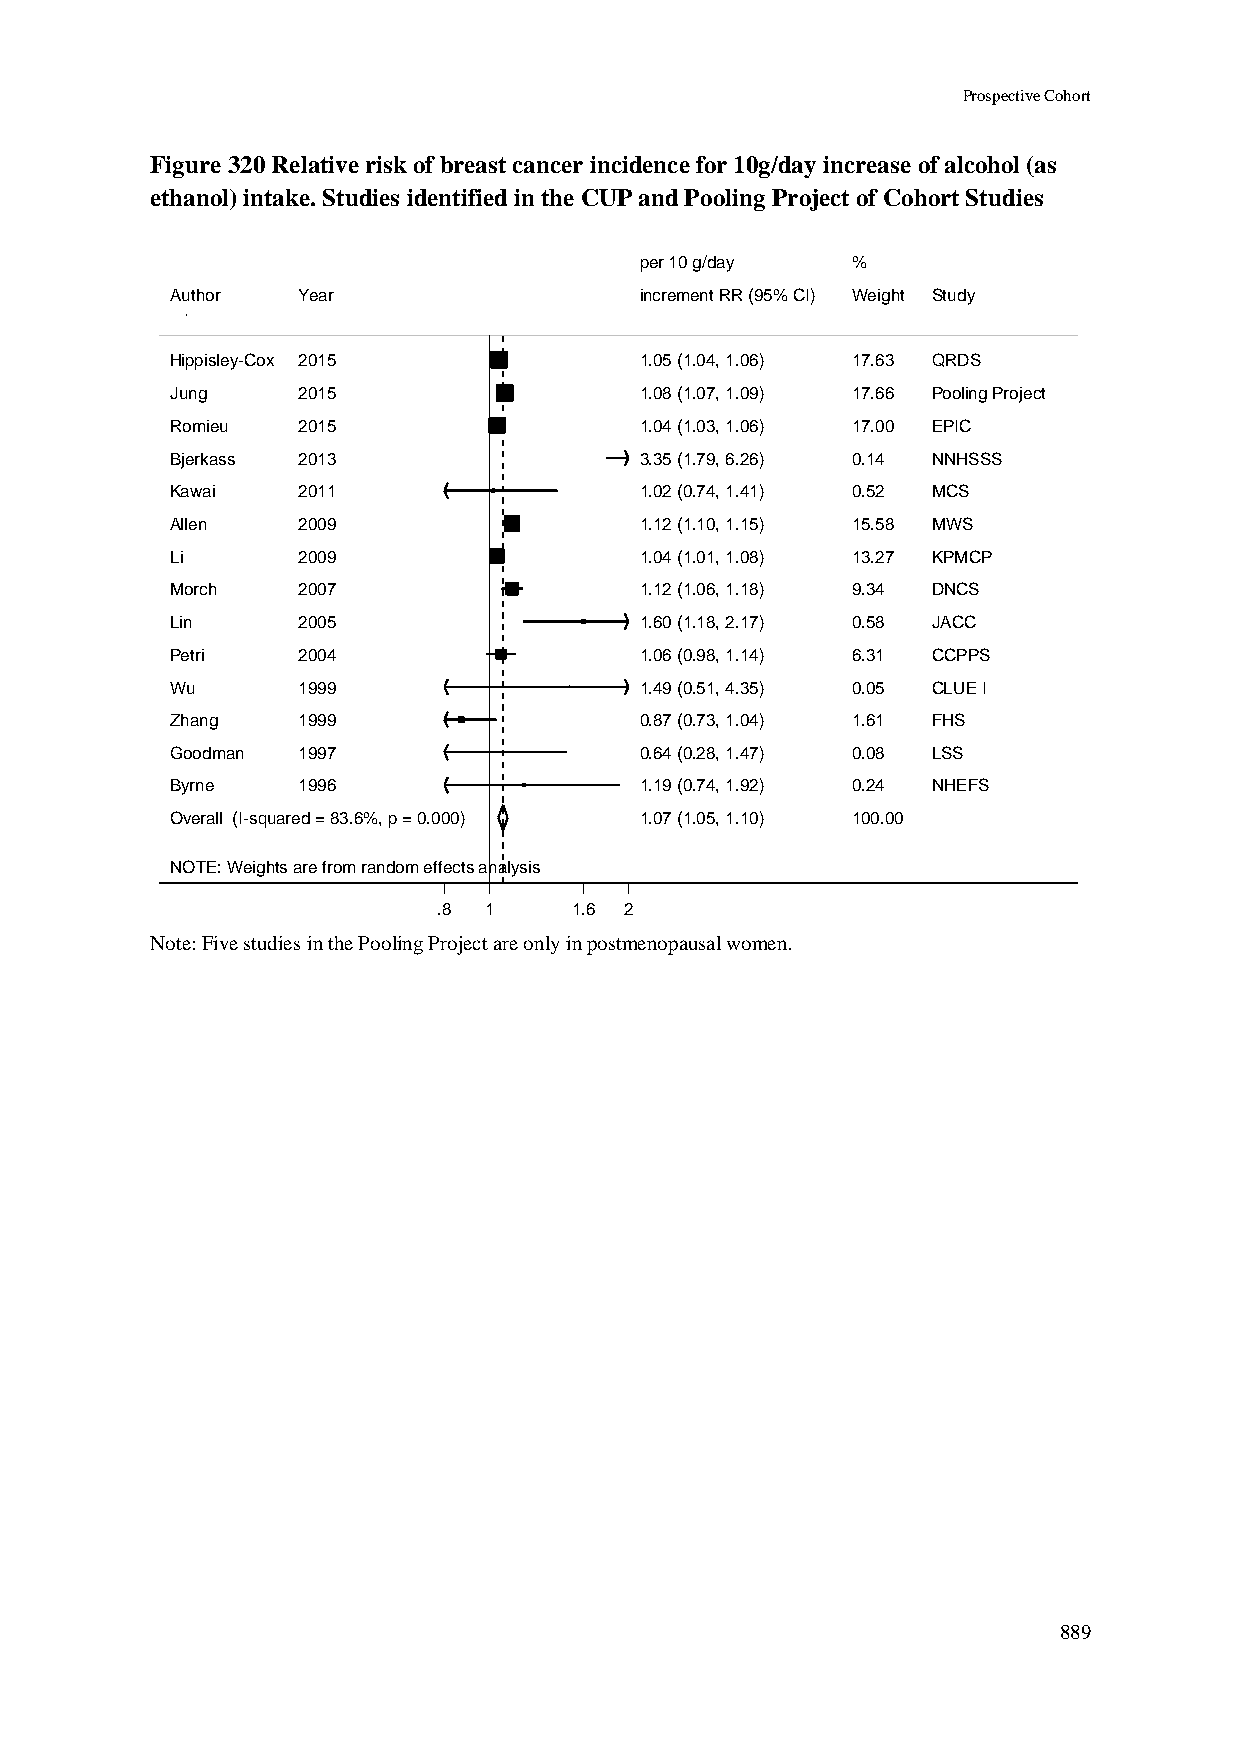
Prospective Cohort
 Figure 320 Relative risk of breast cancer incidence for 10g/day increase of alcohol (as
 ethanol) intake. Studies identified in the CUP and Pooling Project of Cohort Studies
 ppeerr 1100 gg//ddaayy %%
 Author   Year                  iinnccrreemmeenntt RRRR ((9955%% CCII)) WWeeiigghhtt Study
 Hippisley-Cox 2015             11..0055 ((11..0044,, 11..0066)) 1177..6633 QRDS
 Jung     2015                  11..0088 ((11..0077,, 11..0099)) 1177..6666 Pooling Project
 Romieu   2015                  11..0044 ((11..0033,, 11..0066)) 1177..0000 EPIC
 Bjerkass 2013                  33..3355 ((11..7799,, 66..2266)) 00..1144 NNHSSS
 Kawai    2011                  11..0022 ((00..7744,, 11..4411)) 00..5522 MCS
 Allen    2009                  11..1122 ((11..1100,, 11..1155)) 1155..5588 MWS
 Li       2009                  11..0044 ((11..0011,, 11..0088)) 1133..2277 KPMCP
 Morch    2007                  11..1122 ((11..0066,, 11..1188)) 99..3344 DNCS
 Lin      2005                  11..6600 ((11..1188,, 22..1177)) 00..5588 JACC
 Petri    2004                  11..0066 ((00..9988,, 11..1144)) 66..3311 CCPPS
 Wu       1999                  11..4499 ((00..5511,, 44..3355)) 00..0055 CLUE I
 Zhang    1999                  00..8877 ((00..7733,, 11..0044)) 11..6611 FHS
 Goodman  1997                  00..6644 ((00..2288,, 11..4477)) 00..0088 LSS
 Byrne    1996                  11..1199 ((00..7744,, 11..9922)) 00..2244 NHEFS
 Overall (I-squared = 83.6%, p = 0.000) 11..0077 ((11..0055,, 11..1100)) 110000..0000
 NOTE: Weights are from random effects analysis
 .8 11    1.6 2
 Note: Five studies in the Pooling Project are only in postmenopausal women.
 889